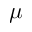
\mu